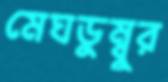
মেঘডুম্বুর